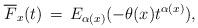
LaTeX: \begin{align*}\overline{F}_x(t) \, = \, E_{\alpha(x)}(-\theta(x) t^{\alpha(x)}),\end{align*}